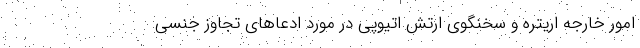
امور خارجه اریتره و سخنگوی ارتش اتیوپی در مورد ادعاهای تجاوز جنسی